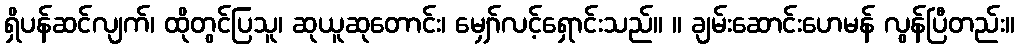
ရှိပန်ဆင်လျက်၊ ထိုတွင်ပြသူ၊ ဆုယူဆုတောင်း၊ မျှော်လင့်ရှောင်းသည်။ ။ ချမ်းဆောင်းဟေမန် လွန်ပြီတည်း။